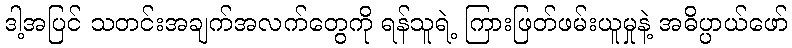
ဒါ့အပြင် သတင်းအချက်အလက်တွေကို ရန်သူရဲ့ ကြားဖြတ်ဖမ်းယူမှုနဲ့ အဓိပ္ပာယ်ဖော်